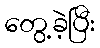
တွေ့ခဲ့ပြီး